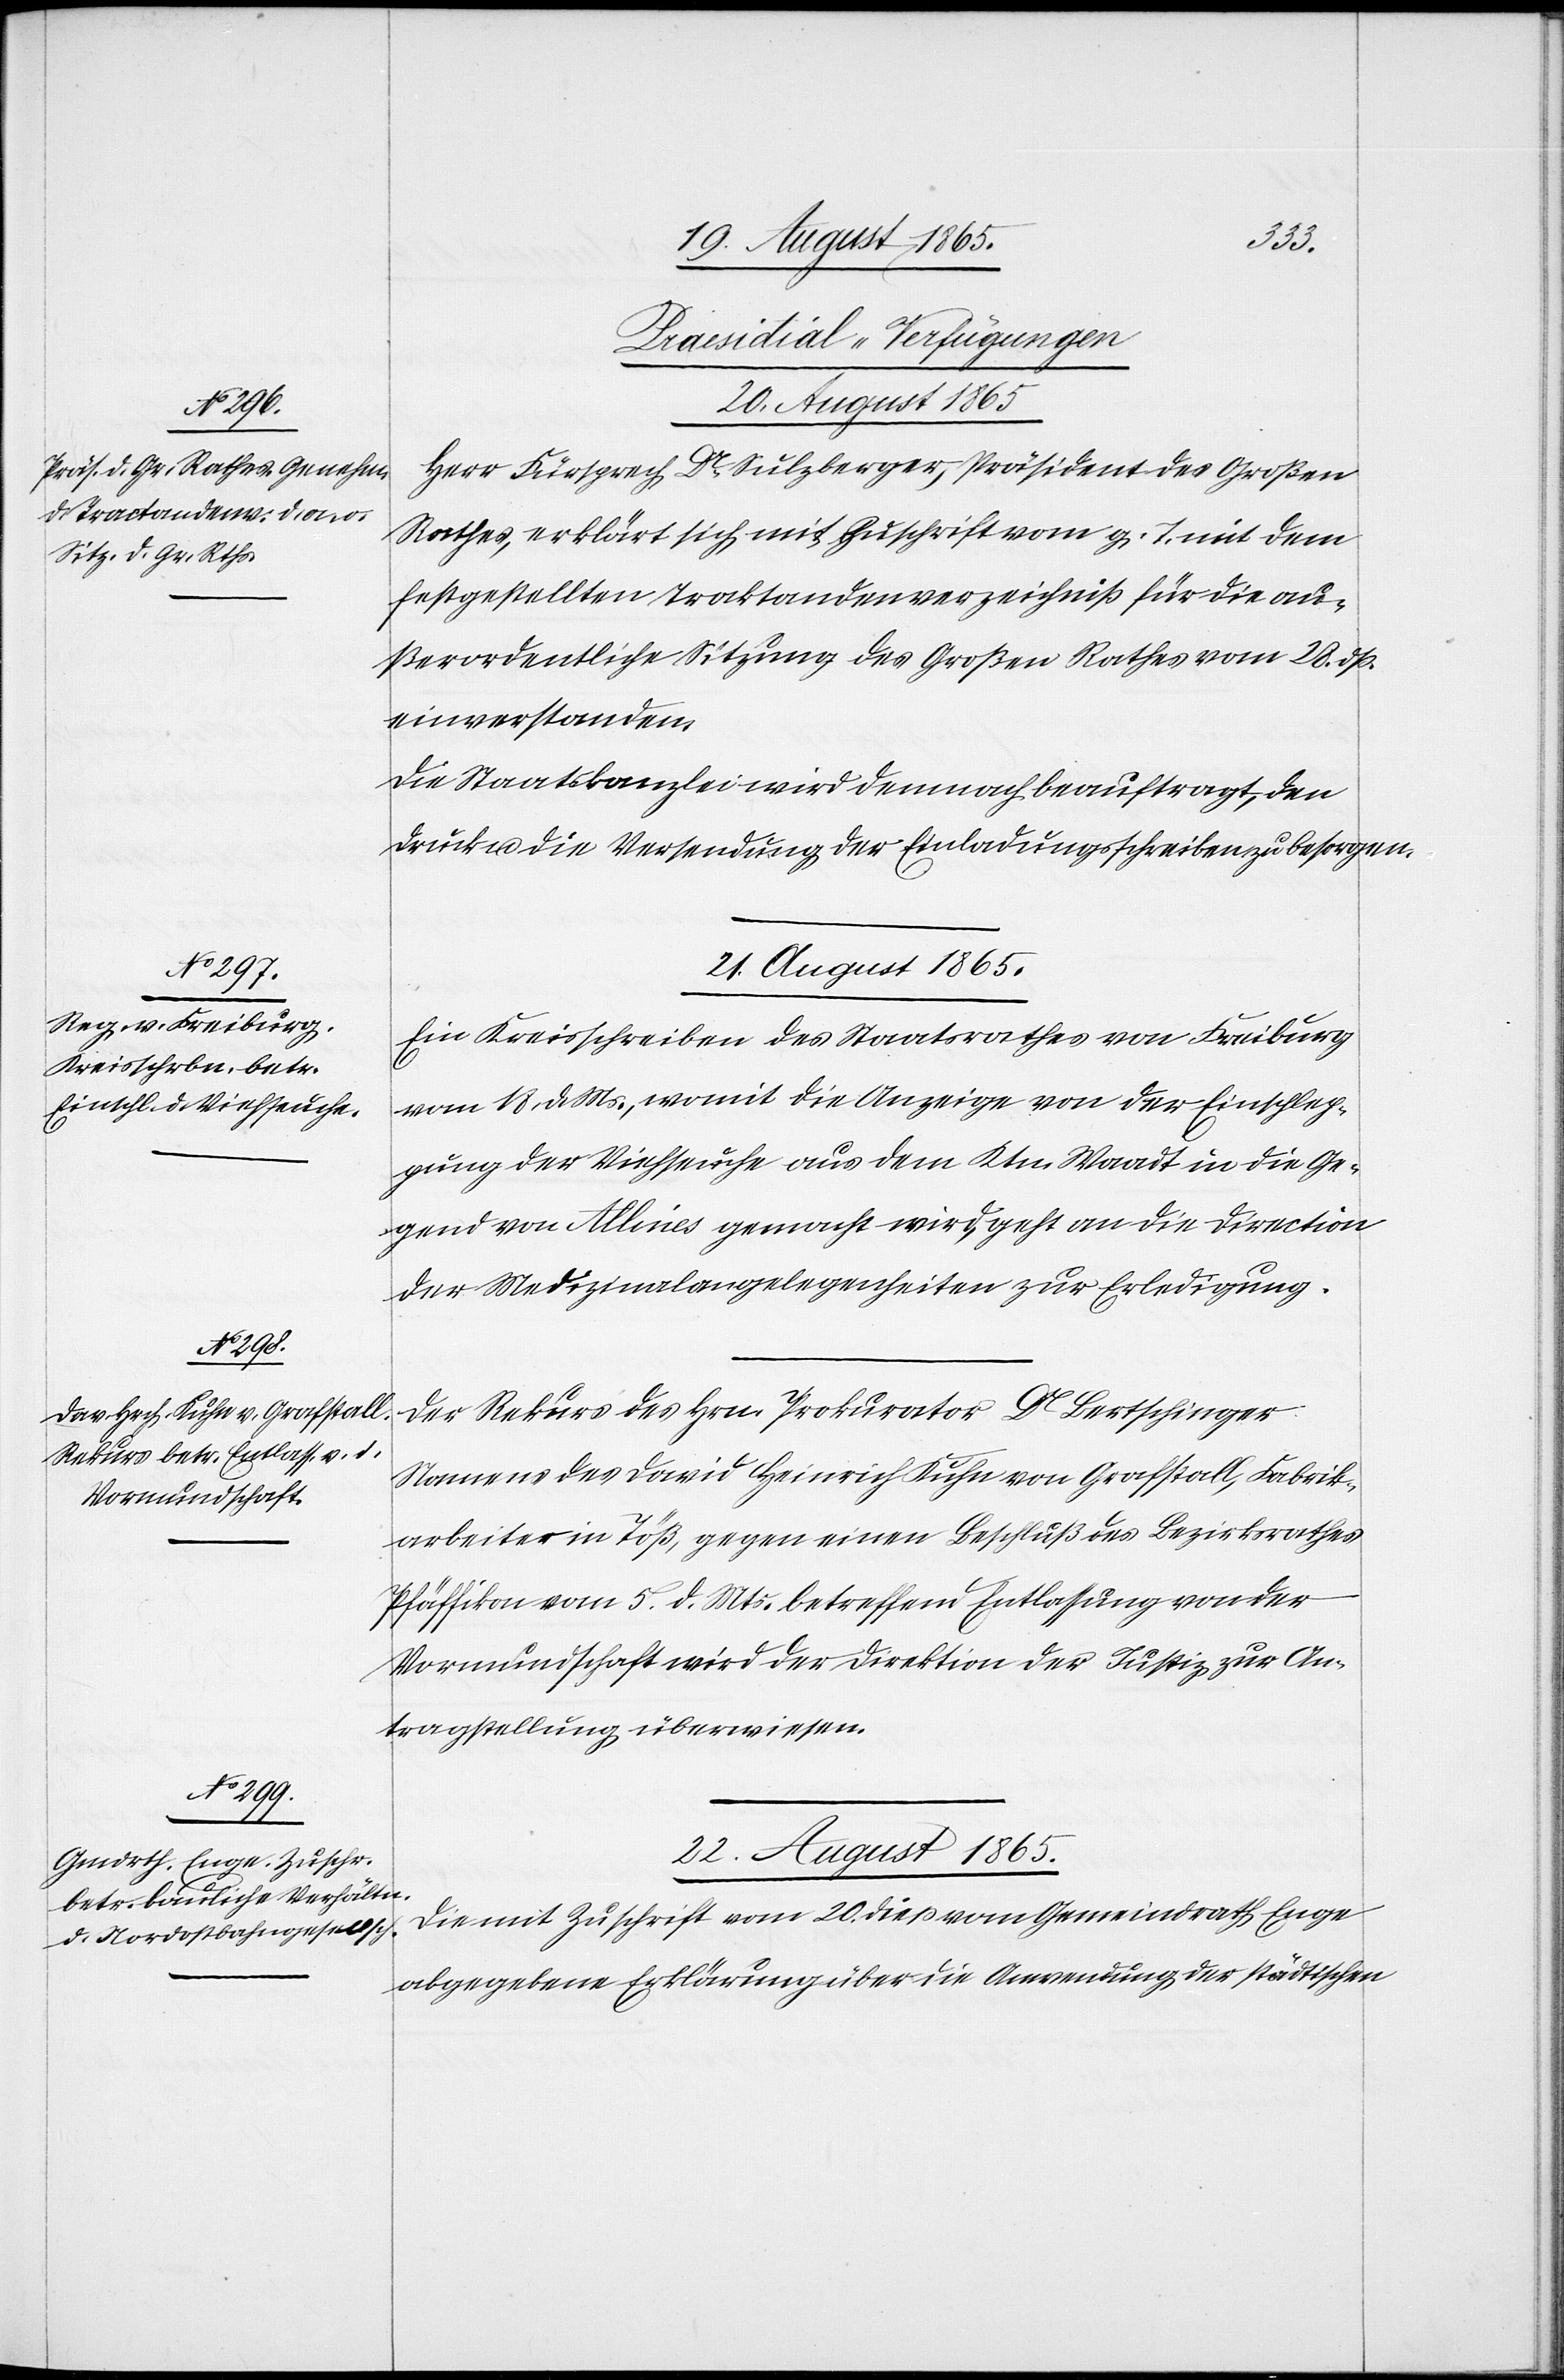
[Praesidial-Verfügungen]
20. August 1865.
Herr Fürsprech Dr Sulzberger, Präsident des Großen
Rathes, erklärt sich mit Zuschrift vom g. T. mit dem
festgestellten Traktandenverzeichniß für die au¬
ßerordentliche Sitzung des Großen Rathes vom 28. dß.
einverstanden.
Die Staatskanzlei wird demnach beauftragt, den
Druck u. die Versendung der Einladungsschreiben zu besorgen.
22. August 1865.
Ein Kreisschreiben des Staatsrathes von Freiburg
vom 18. d. Ms., womit die Anzeige von der Einschlep¬
pung der Viehseuche aus dem Ktn. Waadt in die Ge¬
gend von Allines gemacht wird, geht an die Direction
der Medizinalangelegenheiten zur Erledigung.
Der Rekurs des Hrn. Prokurator Dr Bertschinger
Namens des David Heinrich Kuhn von Grafstall, Fabrik¬
arbeiter in Töß, gegen einen Beschluß des Bezirksrathes
Pfäffikon vom 5. d. Mts. betreffend Entlassung von der
Vormundschaft wird der Direktion der Justiz zur An¬
tragstellung überwiesen.
Die mit Zuschrift vom 20. dieß vom Gemeindrath Enge
abgegebene Erklärung über die Anwendung der städtischen